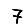
Digit: 7